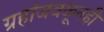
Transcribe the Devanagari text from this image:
ग्रहांजवळूनही